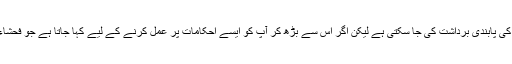
ایسے معاشرے میں رہنا اگر ضروری ہو تو سکارف نہ لینے کی پابندی برداشت کی جا سکتی ہے لیکن اگر اس سے بڑھ کر آپ کو ایسے احکامات پر عمل کرنے کے لیے کہا جاتا ہے جو فحشاء اور منکرات میں آتے ہیں تو اس پر آپ عمل نہیں کر سکتے۔